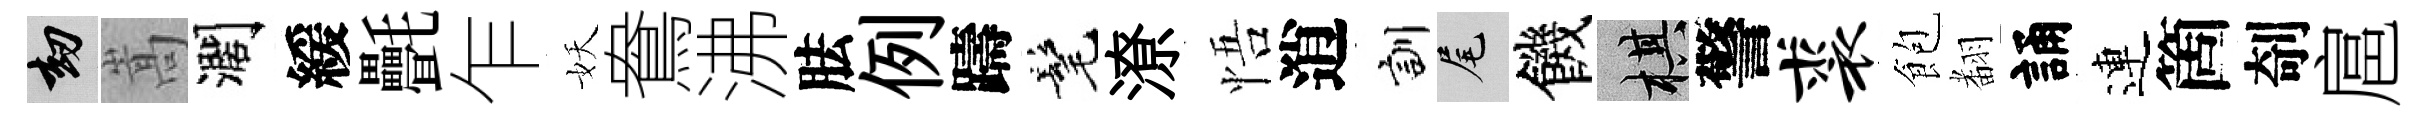
劫嵩濶緩㲲乍妖鴦沸胠例躊髦潦悟逍訓尾饑棋警裘飽𮋒誦連箇剞扈